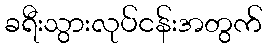
ခရီးသွားလုပ်ငန်းအတွက်